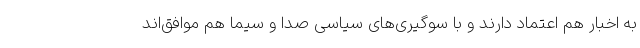
به اخبار هم اعتماد دارند و با سوگیری‌های سیاسی صدا و سیما هم موافق‌اند